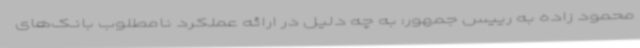
محمود زاده به رییس جمهور: به چه دلیل در ارائه عملکرد نامطلوب بانک‌های